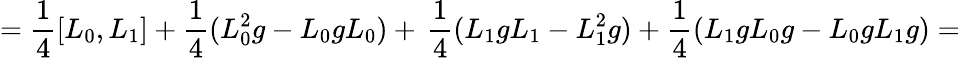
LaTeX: =\frac{1}{4}[L_{0},L_{1}]+\frac{1}{4}(L_{0}^{2}g-L_{0}gL_{0})+\, \frac{1}{4}(L_{1}gL_{1}-L_{1}^{2}g)+\frac{1}{4}(L_{1}gL_{0}g-L_{0}gL_{1}g)=